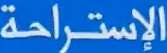
الإستراحة